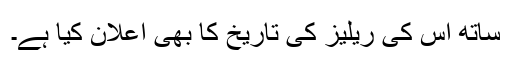
ساتھ اس کی ریلیز کی تاریخ کا بھی اعلان کیا ہے۔